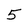
Character: 5